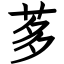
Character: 茤